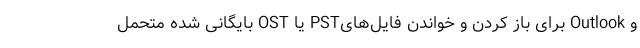
و Outlook برای باز کردن و خواندن فایل‌هایPST یا OST بایگانی شده متحمل